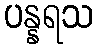
ပန္နရသ